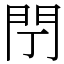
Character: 閅